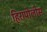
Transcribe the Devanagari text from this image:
हिरापोलीस